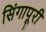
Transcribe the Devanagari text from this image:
सिंगापूरी